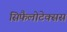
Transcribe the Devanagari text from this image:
सिफैलोटेक्सस